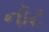
નૉટ